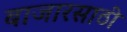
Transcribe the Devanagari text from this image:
बाजारसाठी